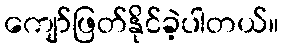
ကျော်ဖြတ်နိုင်ခဲ့ပါတယ်။